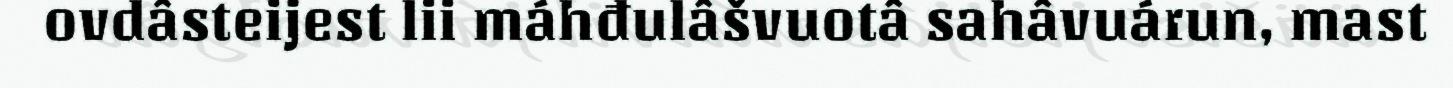
ovdâsteijest lii máhđulâšvuotâ sahâvuárun, mast